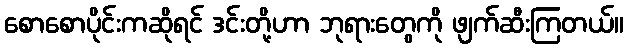
စောစောပိုင်းကဆိုရင် ဒင်းတို့ဟာ ဘုရားတွေကို ဖျက်ဆီးကြတယ်။